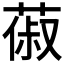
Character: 𦵦